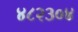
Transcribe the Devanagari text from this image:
४८२३०४